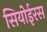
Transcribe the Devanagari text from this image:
सियोईरस